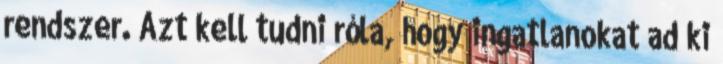
rendszer. Azt kell tudni róla, hogy ingatlanokat ad ki